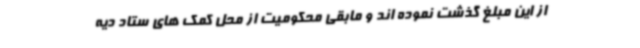
از این مبلغ گذشت نموده اند و مابقی محکومیت از محل کمک های ستاد دیه